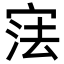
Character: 𭓼